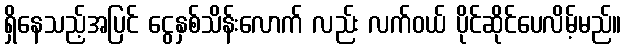
ရှိနေသည့်အပြင် ငွေနှစ်သိန်းလောက် လည်း လက်ဝယ် ပိုင်ဆိုင်ပေလိမ့်မည်။